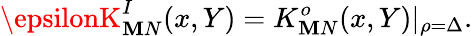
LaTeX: \epsilonK_{\mathbf{M}N}^{I}(x,Y)=K_{\mathbf{M}N}^{o}(x,Y)\vert_{\rho=\Delta}.